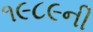
૧૯૮૯ની